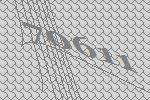
70611